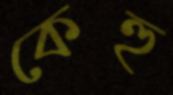
কেহু